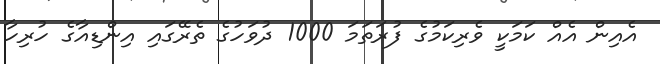
އެއިން އެއް ކަމަކީ ވެރިކަމުގެ ފުރަތަމަ 1000 ދުވަހުގެ ތެރޭގައި އިންޑިއާގެ ހުރިހާ